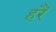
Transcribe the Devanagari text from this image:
हरैं